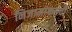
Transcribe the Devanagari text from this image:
निजामांकडची